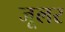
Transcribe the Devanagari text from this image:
जूलर